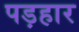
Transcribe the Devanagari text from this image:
पड़हार